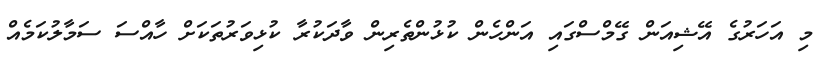
މި އަހަރުގެ އޭޝިއަން ގޭމްސްގައި އަންހެން ކުޅުންތެރިން ވާދަކުރާ ކުޅިވަރުތަކަށް ހާއްސަ ސަމާލުކަމެއް